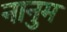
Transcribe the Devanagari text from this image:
नानुम